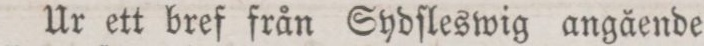
Ur ett bref från Sydſleswig angående